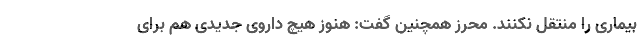
بیماری را منتقل نکنند. محرز همچنین گفت: هنوز هیچ داروی جدیدی هم برای